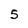
Character: 5